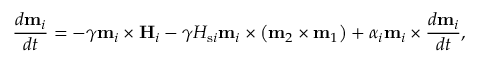
\frac { d \mathbf { m } _ { i } } { d t } = - \gamma \mathbf { m } _ { i } \times \mathbf { H } _ { i } - \gamma H _ { \mathrm { s } i } \mathbf { m } _ { i } \times \left( \mathbf { m } _ { 2 } \times \mathbf { m } _ { 1 } \right) + \alpha _ { i } \mathbf { m } _ { i } \times \frac { d \mathbf { m } _ { i } } { d t } ,